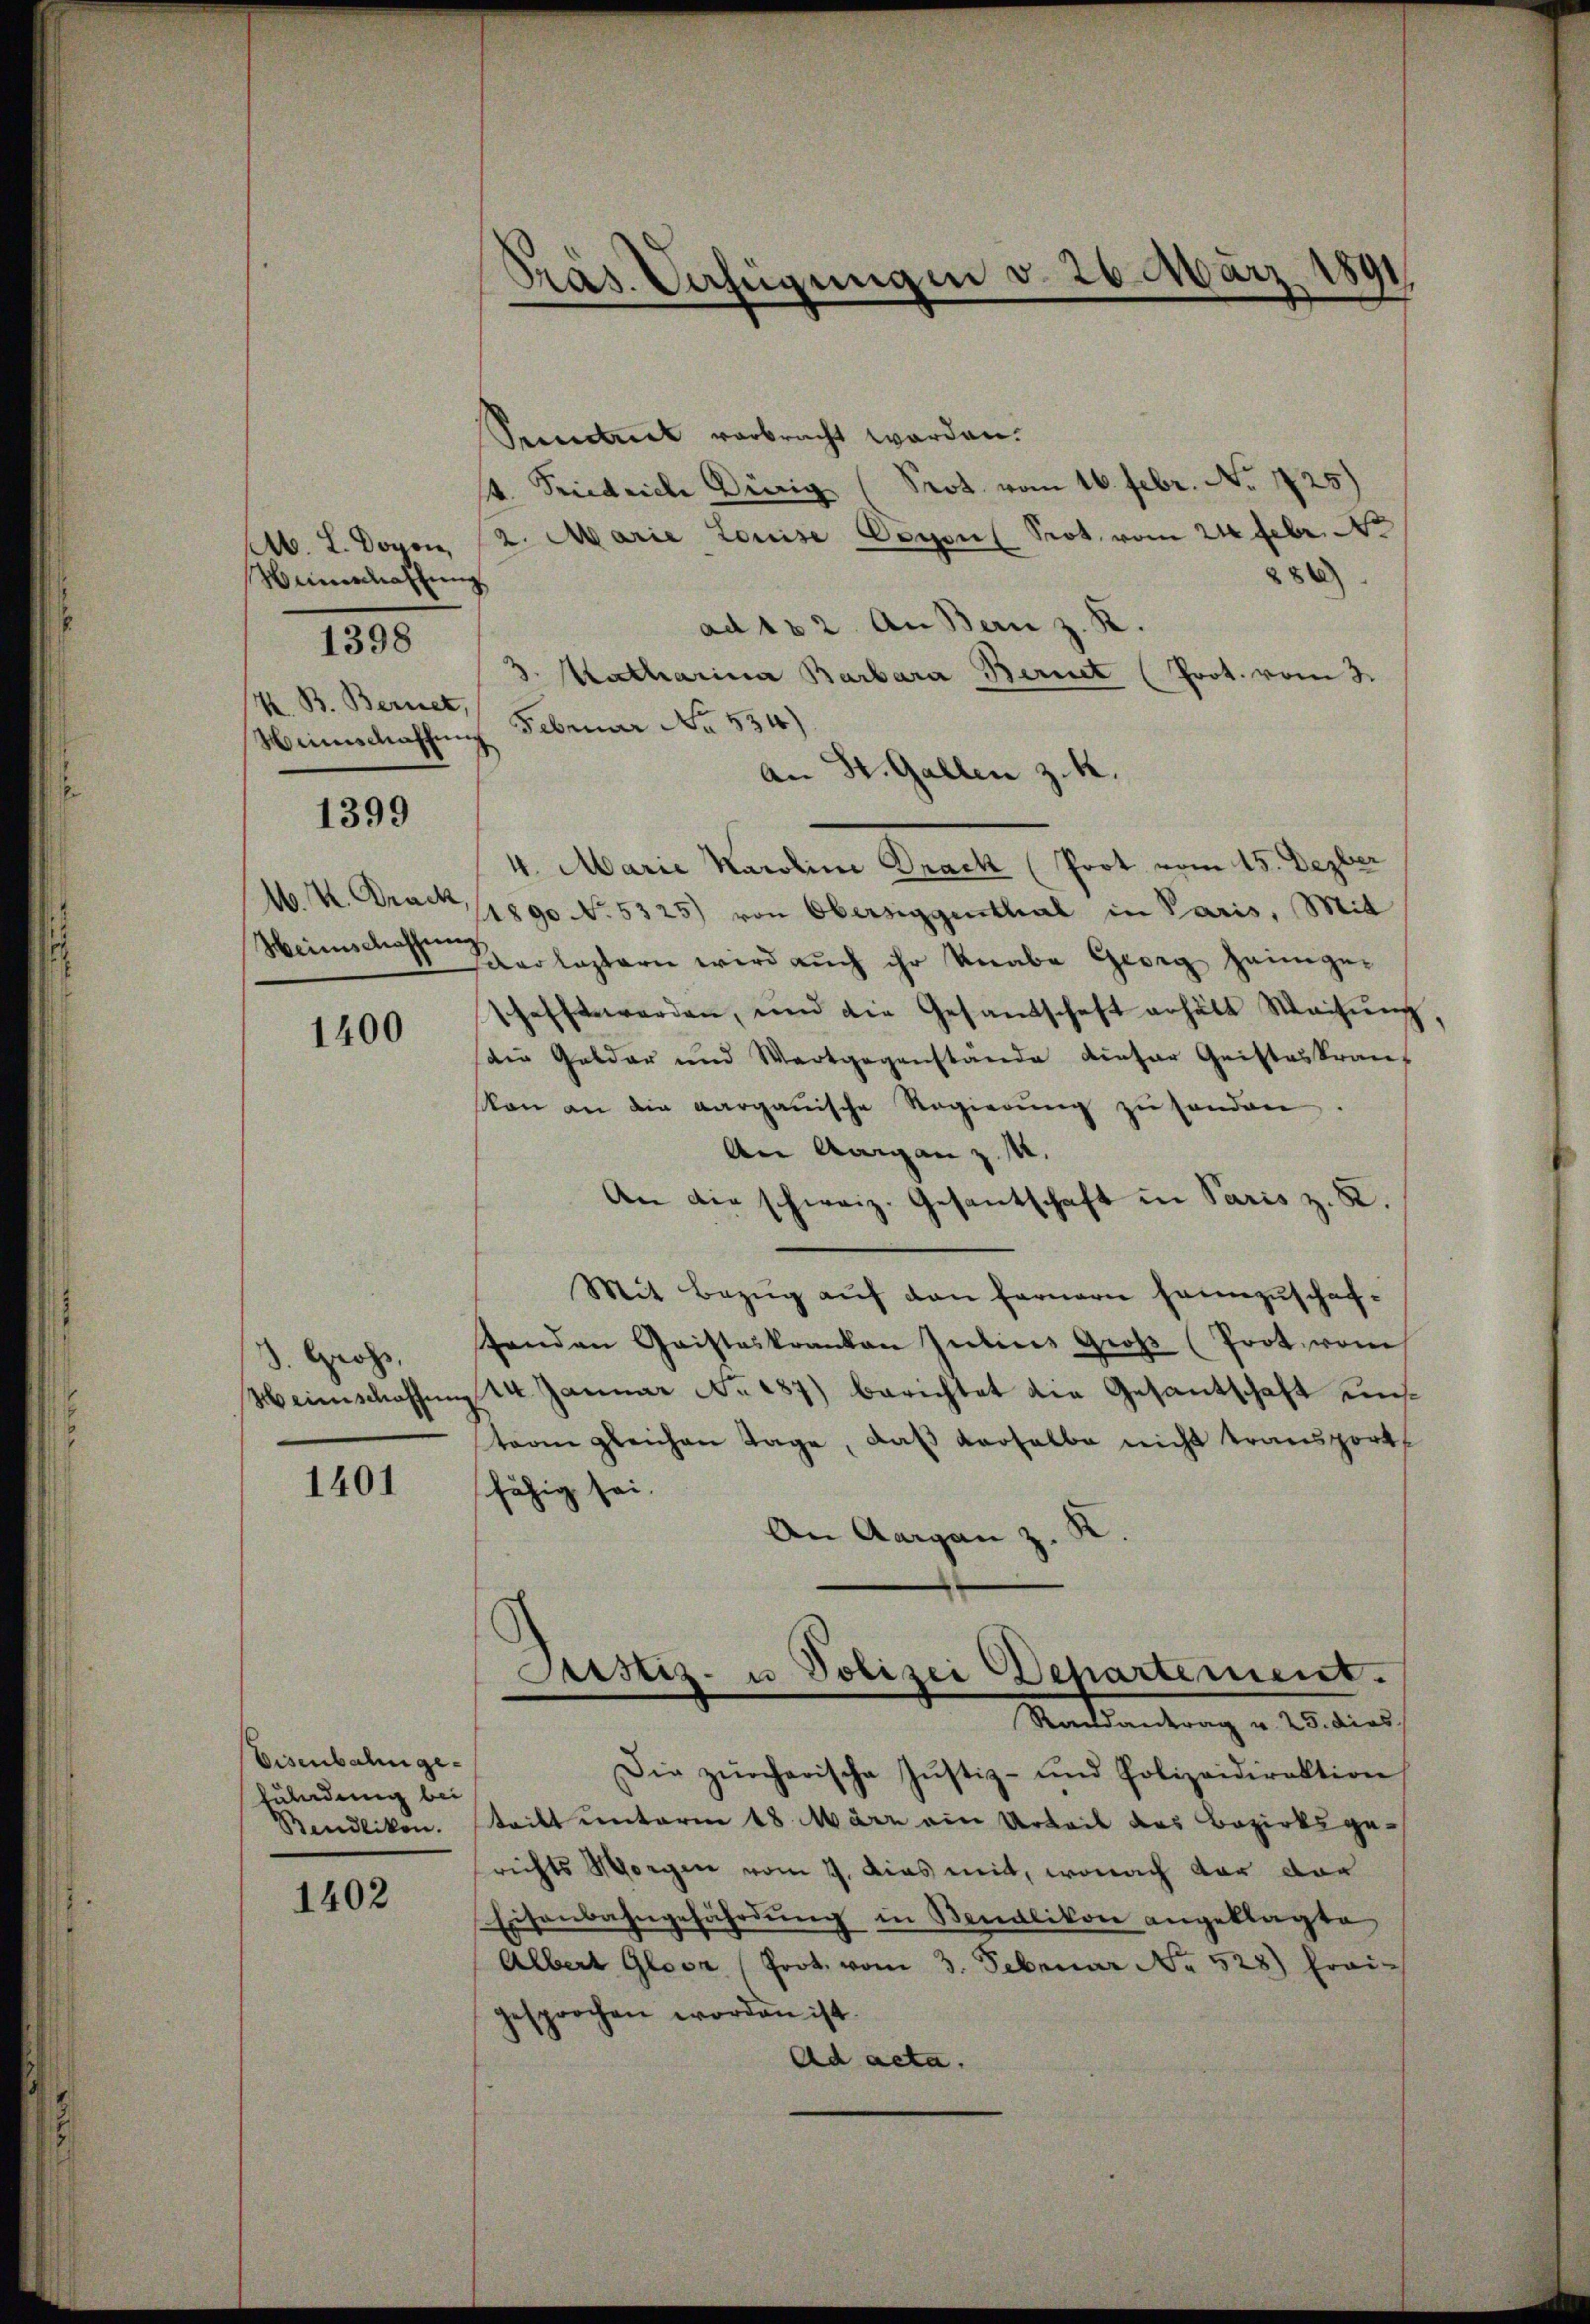
mnahlung
K. B. Bernet,

1398

1399

A. H. Brack,
Weinschaffung

1400

3. Gross,
Weinschaffung

1401

Eisenbahngefulndung bei
Bendlikon.

1402

Präs. Verfügungen v. 26. März 1891

Pecerit verbracht worden.
4. Friedrich Dürig (Prot. vom 16. Febr. No 725)
M. L. Dovon 12. Marie Louise Doyen Prot. vom 21 Febr.
286
ad 182. An Bern z. B.
3. Matharina Barbara Bernet (Prot. vom 3.
Heimschaffung Februar No. 554)
An St. Gallen z. K.
4. Marie Karoline Drack (Prot vom 15. Dezber
1890 No. 5325) von Obersiggenthal in Paris, Mit
Haarlostern wird auch ihr Knabe Georg Heimgeschafft werden, und die Gesamtschaft erhält Weisŭng
(die Gelder und Wortgegenstände dieser Geisteskranz
son an die aargauische Regierung zu sonden
An Aargau z. M.
An die schweiz. Gesantschaft in Paris z. K.
Mit Bezug auf den fernern heimzuschaf¬
Handen Gaisteskranken Intins Groβ (Prot. vom
14. Januar No. 287) berichtet die Gesantschaft einstoren gleichen Tage, daß derselbe nicht transport
fähig sei.
An Aargau z. K.
Justiz- u Polizei Departement.
Mantendung v. 20. dies
Die zürcherische Justiz- und Polizeidirektion
tritt unterm 18. März ein Urteil des Bezirksgesrichts Morgen vom 9. Das mit, wonach vor der
Eisenbahngefährdung in Bendlikon angeklagte
Albert Glosa (Prot. vom 3. Februar No. 528) Frais
gesprochen worden ist.
Ad acta.